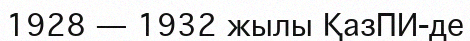
1928 — 1932 жылы ҚазПИ-де